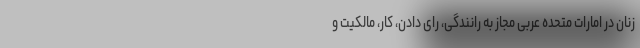
زنان در امارات متحده عربی مجاز به رانندگی، رای دادن، کار، مالکیت و